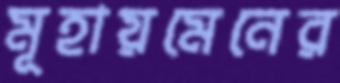
মূহায়মেনের